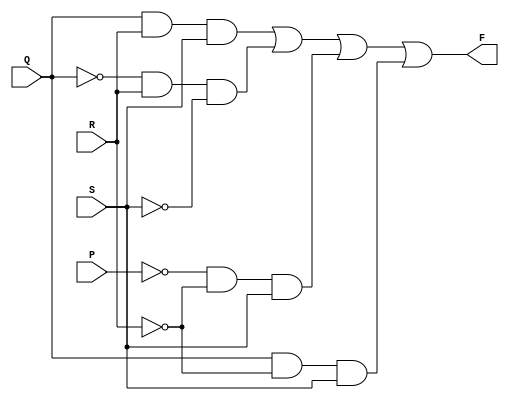
module function2 (P,Q,R,S,F);
input P,Q,R,S;
output F;
//F=QRS+~QR~S+~P~RS+Q~RS
assign  F = Q & R & S | ~Q & R & ~S | ~P & ~R & S | Q & ~R & S;

endmodule


//Test bench
module test_and;
reg p,q,r,s;
wire f;

  function2 a1(p,q,r,s,f);
  initial
  begin
    $dumpfile("check.vcd");
    $dumpvars(0,test_and);
    $monitor(p);
    p=0;q=0;r=0;s=0; #100;
    p=0;q=0;r=0;s=1; #100;
    p=0;q=0;r=1;s=0; #100;
    p=0;q=0;r=1;s=1; #100;
    p=0;q=1;r=0;s=0; #100;
    p=0;q=1;r=0;s=1; #100;
    p=0;q=1;r=1;s=0; #100;
    p=0;q=1;r=1;s=1; #100;
    p=1;q=0;r=0;s=0; #100;
    p=1;q=0;r=0;s=1; #100;
    p=1;q=0;r=1;s=0; #100;
    p=1;q=0;r=1;s=1; #100;
    p=1;q=1;r=0;s=0; #100;
    p=1;q=1;r=0;s=1; #100;
    p=1;q=1;r=1;s=0; #100;
    p=1;q=1;r=1;s=1; #100;

        



  end
endmodule